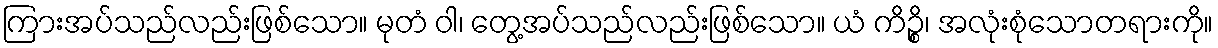
ကြားအပ်သည်လည်းဖြစ်သော။ မုတံ ဝါ၊ တွေ့အပ်သည်လည်းဖြစ်သော။ ယံ ကိဉ္စိ၊ အလုံးစုံသောတရားကို။